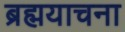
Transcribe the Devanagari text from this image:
ब्रह्मयाचना